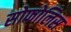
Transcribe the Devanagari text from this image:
सोफोलिस